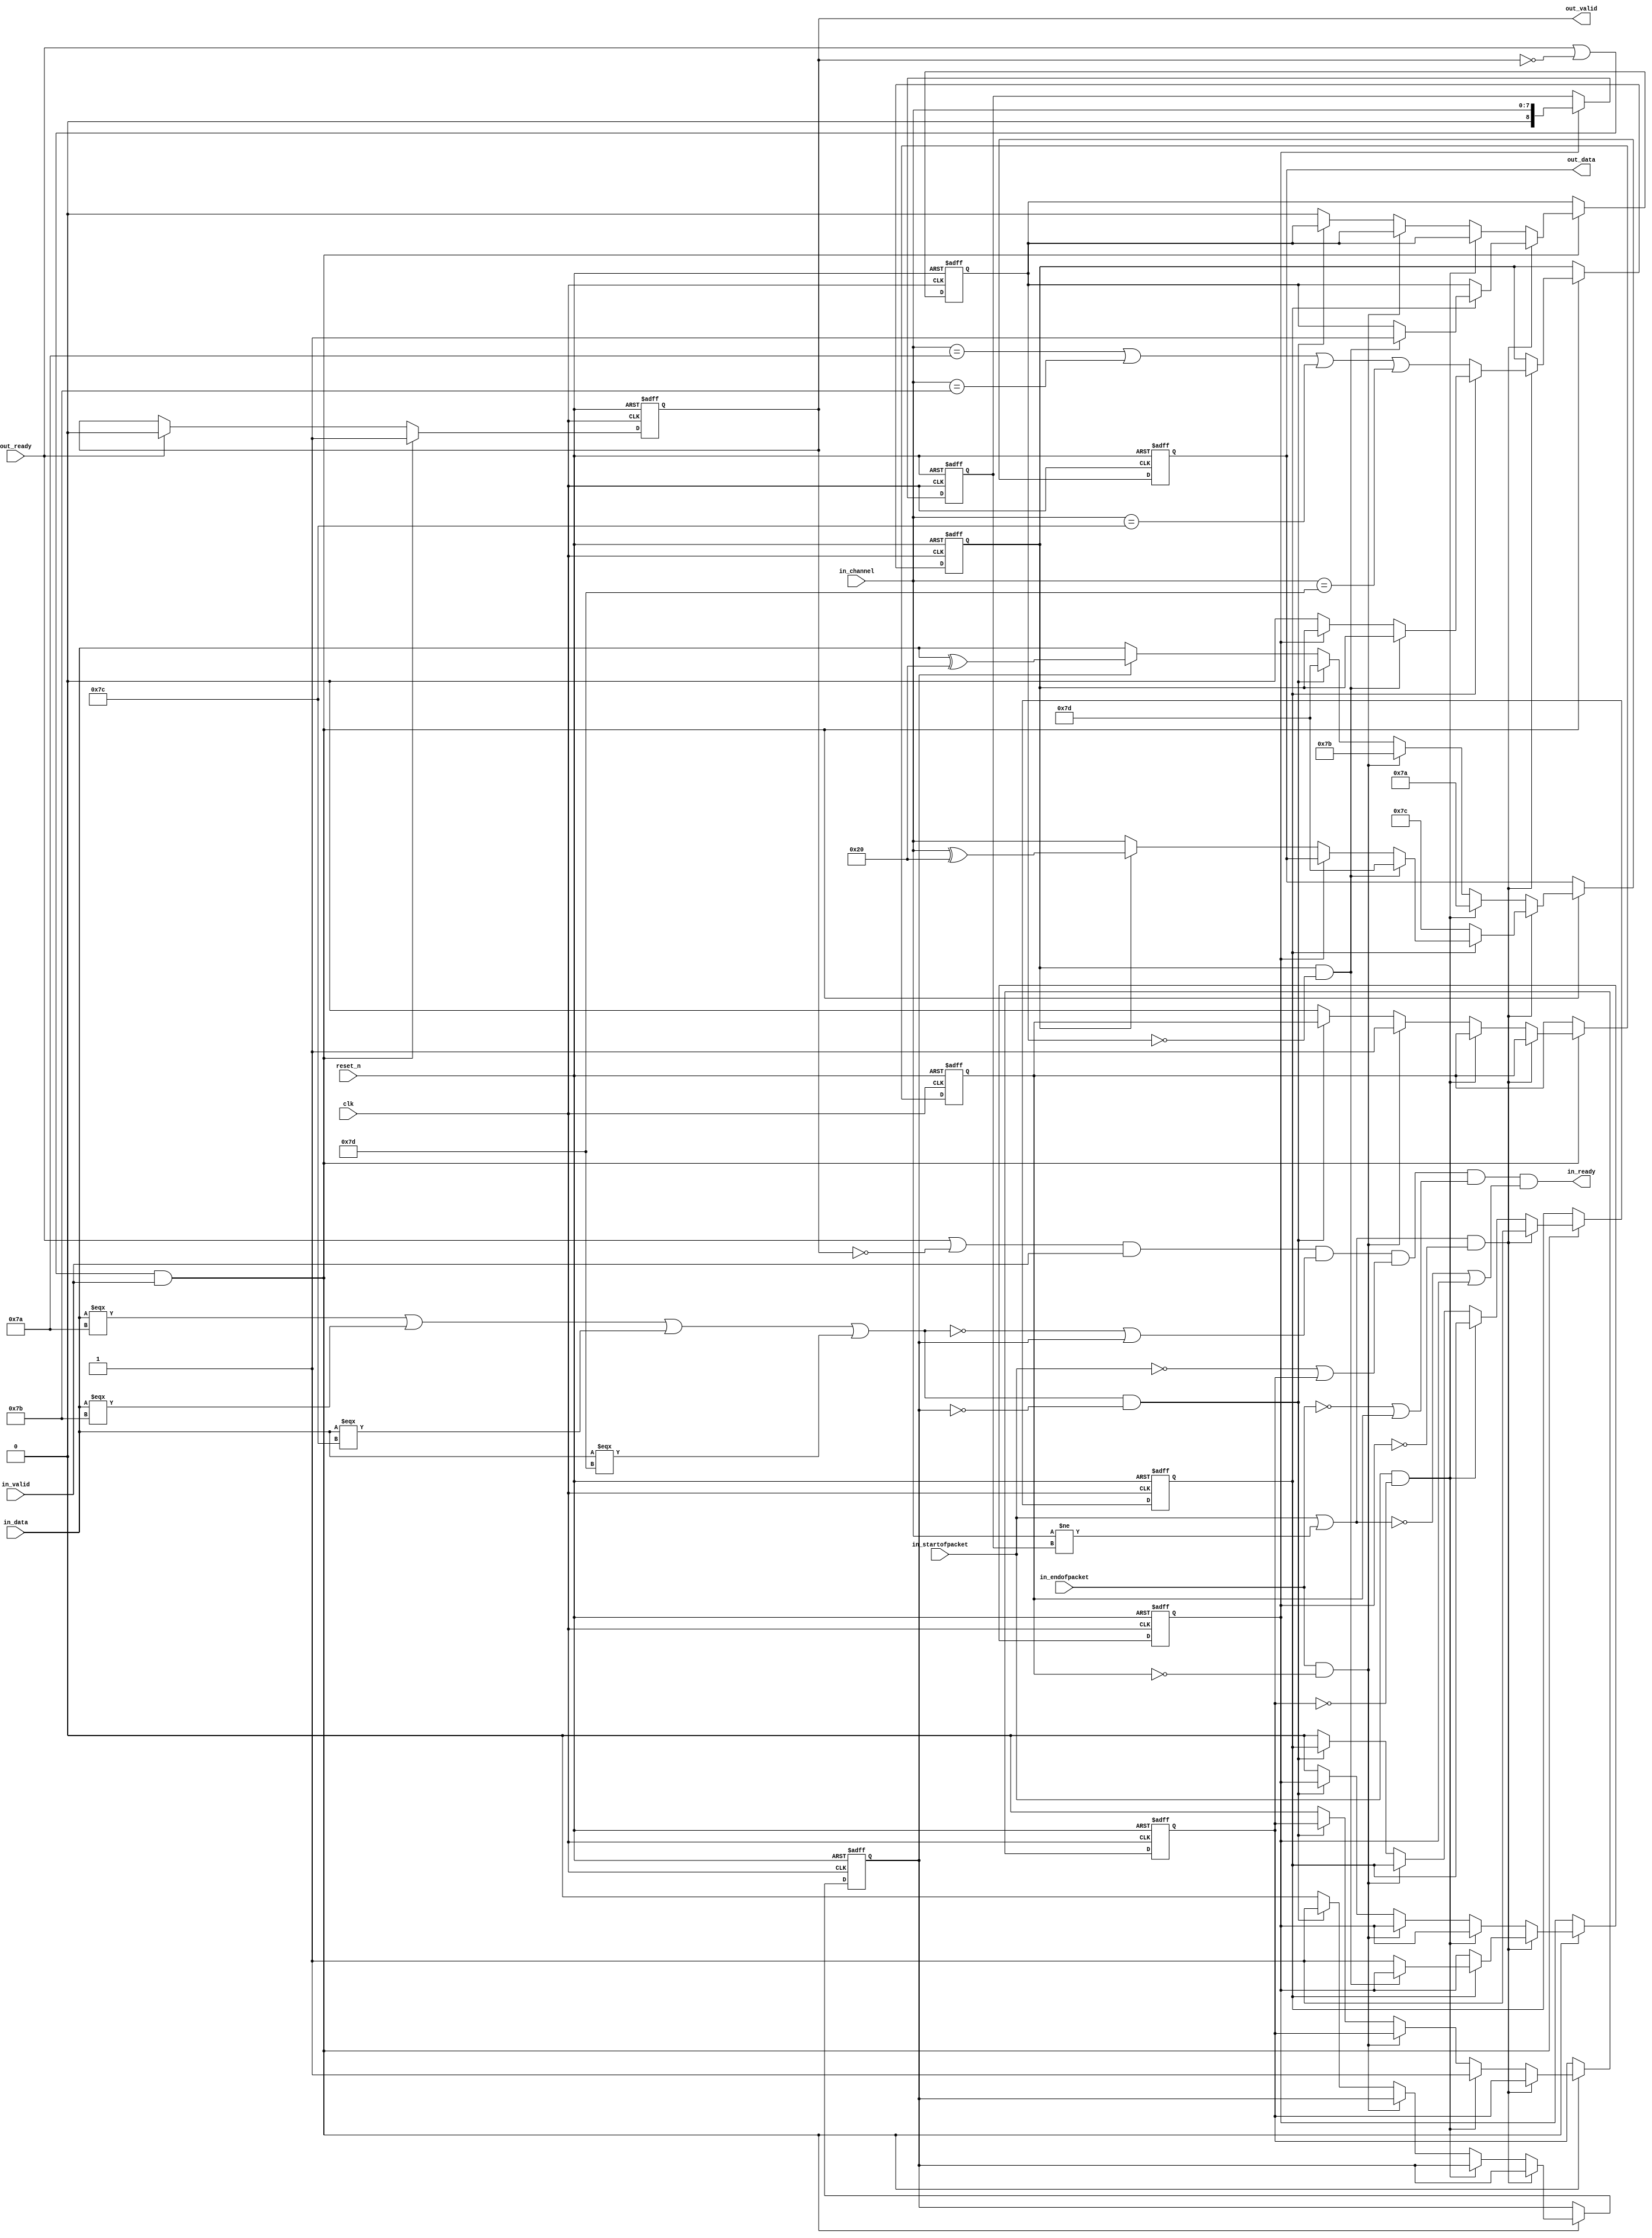
// (C) 2001-2017 Intel Corporation. All rights reserved.
// Your use of Intel Corporation's design tools, logic functions and other 
// software and tools, and its AMPP partner logic functions, and any output 
// files any of the foregoing (including device programming or simulation 
// files), and any associated documentation or information are expressly subject 
// to the terms and conditions of the Intel Program License Subscription 
// Agreement, Intel MegaCore Function License Agreement, or other applicable 
// license agreement, including, without limitation, that your use is for the 
// sole purpose of programming logic devices manufactured by Intel and sold by 
// Intel or its authorized distributors.  Please refer to the applicable 
// agreement for further details.


// --------------------------------------------------------------------------------
//| Avalon ST Packets to Bytes Component
// --------------------------------------------------------------------------------

`timescale 1ns / 100ps
module altera_avalon_st_packets_to_bytes
//if ENCODING ==0, CHANNEL_WIDTH must be 8 
//else CHANNEL_WIDTH can be from 0 to 127
#(    parameter CHANNEL_WIDTH = 8,
      parameter ENCODING      = 0) 
(
      // Interface: clk
      input              clk,
      input              reset_n,
      // Interface: ST in with packets
      output reg         in_ready,
      input              in_valid,
      input      [7: 0]  in_data,
      input      [CHANNEL_WIDTH-1: 0]  in_channel,
      input              in_startofpacket,
      input              in_endofpacket,

      // Interface: ST out
      input              out_ready,
      output reg         out_valid,
      output reg [7: 0]  out_data
);

   // ---------------------------------------------------------------------
   //| Signal Declarations
   // ---------------------------------------------------------------------

   localparam CHN_COUNT = (CHANNEL_WIDTH-1)/7;
   localparam CHN_EFFECTIVE = CHANNEL_WIDTH-1;
   reg  sent_esc, sent_sop, sent_eop;
   reg  sent_channel_char, channel_escaped, sent_channel;
   reg  [CHANNEL_WIDTH:0] stored_channel;
   reg  [4:0] channel_count;
   reg    [((CHN_EFFECTIVE/7+1)*7)-1:0] stored_varchannel;
   reg     channel_needs_esc;



   wire need_sop, need_eop, need_esc, need_channel;

   // ---------------------------------------------------------------------
   //| Thingofamagick
   // ---------------------------------------------------------------------

   assign need_esc = (in_data === 8'h7a |
                      in_data === 8'h7b |
                      in_data === 8'h7c |
                      in_data === 8'h7d );
   assign need_eop = (in_endofpacket);
   assign need_sop = (in_startofpacket);


generate
if( CHANNEL_WIDTH > 0) begin
   wire   channel_changed;
   assign channel_changed = (in_channel != stored_channel);
   assign need_channel = (need_sop | channel_changed);

   always @(posedge clk or negedge reset_n) begin
      if (!reset_n) begin
         sent_esc <= 0;
         sent_sop <= 0;
         sent_eop <= 0;
         sent_channel <= 0;
         channel_escaped <= 0;
         sent_channel_char <= 0;
         out_data <= 0;
         out_valid <= 0;
         channel_count <= 0;
         channel_needs_esc <= 0;
      end else begin

         if (out_ready )
           out_valid <= 0;

         if ((out_ready | ~out_valid) && in_valid  )
           out_valid <= 1;

         if ((out_ready | ~out_valid) && in_valid) begin
            if (need_channel & ~sent_channel) begin
                 if (~sent_channel_char) begin
                    sent_channel_char <= 1;
                    out_data <= 8'h7c;
                    channel_count <= CHN_COUNT[4:0];
                    stored_varchannel <= in_channel;
                    if ((ENCODING == 0) | (CHANNEL_WIDTH == 7)) begin
                    channel_needs_esc <= (in_channel == 8'h7a |
                                          in_channel == 8'h7b |
                                          in_channel == 8'h7c |
                                          in_channel == 8'h7d );
                    end
                 end else if (channel_needs_esc & ~channel_escaped) begin
                    out_data <= 8'h7d;
                    channel_escaped <= 1;
                 end else if (~sent_channel) begin
                       if (ENCODING) begin
                            // Sending out MSB=1, while not last 7 bits of Channel
                               if (channel_count > 0) begin
                                   if (channel_needs_esc) out_data <= {1'b1, stored_varchannel[((CHN_EFFECTIVE/7+1)*7)-1:((CHN_EFFECTIVE/7+1)*7)-7]} ^ 8'h20;
                                   else                   out_data <= {1'b1, stored_varchannel[((CHN_EFFECTIVE/7+1)*7)-1:((CHN_EFFECTIVE/7+1)*7)-7]};
                                   stored_varchannel <= stored_varchannel<<7;

                                   channel_count <= channel_count - 1'b1;
                                   // check whether the last 7 bits need escape or not
                                   if (channel_count ==1 & CHANNEL_WIDTH > 7) begin
                                      channel_needs_esc <=
                                         ((stored_varchannel[((CHN_EFFECTIVE/7+1)*7)-8:((CHN_EFFECTIVE/7+1)*7)-14]  == 7'h7a)|
                                         (stored_varchannel[((CHN_EFFECTIVE/7+1)*7)-8:((CHN_EFFECTIVE/7+1)*7)-14] == 7'h7b) |
                                         (stored_varchannel[((CHN_EFFECTIVE/7+1)*7)-8:((CHN_EFFECTIVE/7+1)*7)-14] == 7'h7c) |
                                         (stored_varchannel[((CHN_EFFECTIVE/7+1)*7)-8:((CHN_EFFECTIVE/7+1)*7)-14] == 7'h7d) );
                                   end
                              end else begin
                               // Sending out MSB=0, last 7 bits of Channel
                                   if (channel_needs_esc) begin 
                                      channel_needs_esc <= 0; 
                                      out_data <= {1'b0, stored_varchannel[((CHN_EFFECTIVE/7+1)*7)-1:((CHN_EFFECTIVE/7+1)*7)-7]} ^ 8'h20;
                                   end else   out_data <= {1'b0, stored_varchannel[((CHN_EFFECTIVE/7+1)*7)-1:((CHN_EFFECTIVE/7+1)*7)-7]};
                                   sent_channel <= 1;
                              end
                       end else begin
                            if (channel_needs_esc) begin 
                               channel_needs_esc <= 0; 
                               out_data <= in_channel ^ 8'h20; 
                            end else out_data <= in_channel;
                            sent_channel <= 1;
                       end
                 end
            end else if (need_sop & ~sent_sop) begin
                 sent_sop <= 1;
                 out_data <= 8'h7a;

            end else if (need_eop & ~sent_eop) begin
                 sent_eop <= 1;
                 out_data <= 8'h7b;

            end else if (need_esc & ~sent_esc) begin
                 sent_esc <= 1;
                 out_data <= 8'h7d;
            end else begin
                 if (sent_esc)    out_data <= in_data ^ 8'h20;
                 else             out_data <= in_data;
                 sent_esc <= 0;
                 sent_sop <= 0;
                 sent_eop <= 0;
                 sent_channel <= 0;
                 channel_escaped <= 0;
                 sent_channel_char <= 0;
            end
         end
      end
   end

   //channel related signals
   always @(posedge clk or negedge reset_n) begin
      if (!reset_n) begin
         //extra bit in stored_channel to force reset
         stored_channel <= {CHANNEL_WIDTH{1'b1}};
      end else begin
         //update stored_channel only when it is sent out
         if (sent_channel) stored_channel <= in_channel;
      end
   end
    always @* begin

      // in_ready.  Low when:
      // back pressured, or when
      // we are outputting a control character, which means that one of
      // {escape_char, start of packet, end of packet, channel}
      // needs to be, but has not yet, been handled.
      in_ready = (out_ready | !out_valid) & in_valid & (~need_esc | sent_esc)
                 & (~need_sop | sent_sop)
                 & (~need_eop | sent_eop)
                 & (~need_channel | sent_channel);
   end

end else begin

assign need_channel = (need_sop);

   always @(posedge clk or negedge reset_n) begin
      if (!reset_n) begin
         sent_esc <= 0;
         sent_sop <= 0;
         sent_eop <= 0;
         out_data <= 0;
         out_valid <= 0;
         sent_channel <= 0;
         sent_channel_char <= 0;
      end else begin

         if (out_ready )
           out_valid <= 0;

         if ((out_ready | ~out_valid) && in_valid  )
           out_valid <= 1;

         if ((out_ready | ~out_valid) && in_valid) begin
            if (need_channel & ~sent_channel) begin
                 if (~sent_channel_char) begin           //Added sent channel 0 before the 1st SOP
                    sent_channel_char <= 1;
                    out_data <= 8'h7c;
                 end else if (~sent_channel) begin
                    out_data <= 'h0;
                    sent_channel <= 1;
                 end
            end else if (need_sop & ~sent_sop) begin
                 sent_sop <= 1;
                 out_data <= 8'h7a;
            end else if (need_eop & ~sent_eop) begin
                 sent_eop <= 1;
                 out_data <= 8'h7b;
            end else if (need_esc & ~sent_esc) begin
                 sent_esc <= 1;
                 out_data <= 8'h7d;
            end else begin
                 if (sent_esc)    out_data <= in_data ^ 8'h20;
                 else             out_data <= in_data;
                 sent_esc <= 0;
                 sent_sop <= 0;
                 sent_eop <= 0;
            end
         end
     end
   end
   
 always @* begin
      in_ready = (out_ready | !out_valid) & in_valid & (~need_esc | sent_esc)
                 & (~need_sop | sent_sop)
                 & (~need_eop | sent_eop)
                 & (~need_channel | sent_channel);
   end
end
endgenerate

endmodule